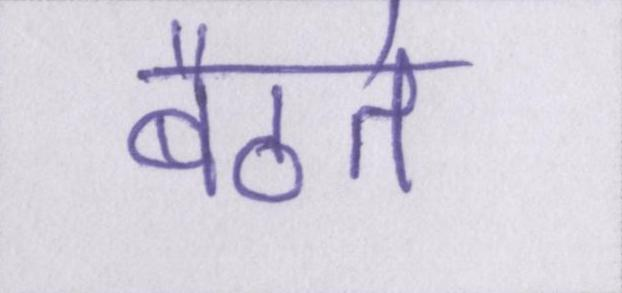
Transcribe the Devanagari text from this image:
बैठते